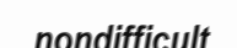
nondifficult